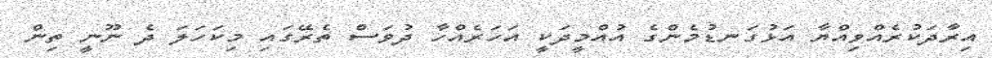
އިރާދަކުރެއްވިއްޔާ އަޅުގަނޑުމެންގެ އުއްމީދަކީ އަހަރެއްހާ ދުވަސް ތެރޭގައި މިކަހަލަ ދެ ނޫނީ ތިން